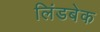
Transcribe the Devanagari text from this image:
लिंडबेक